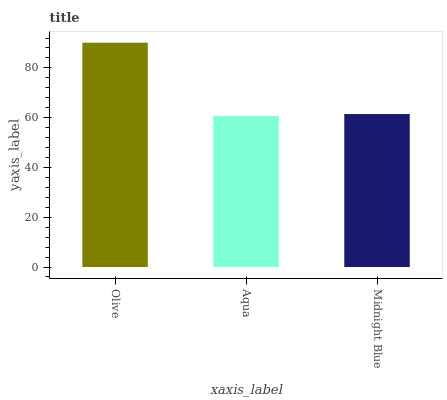
| xaxis_label | bars |
 | --- | --- |
 | Olive | 90.1 |
 | Aqua | 60.7 |
 | Midnight Blue | 61.5 |